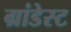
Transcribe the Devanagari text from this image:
ग्रांडेस्ट